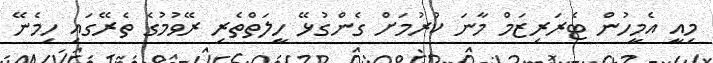
މިއީ އެމީހުން ޓެރަރިޒަމް މާނަ ކުރުމަށް ގެންގުޅޭ ހީލަތްތެރި ރޭވުމުގެ ތެރޭގައި ހިމެނޭ